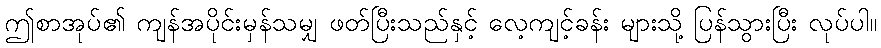
ဤစာအုပ်၏ ကျန်အပိုင်းမှန်သမျှ ဖတ်ပြီးသည်နှင့် လေ့ကျင့်ခန်း များသို့ ပြန်သွားပြီး လုပ်ပါ။